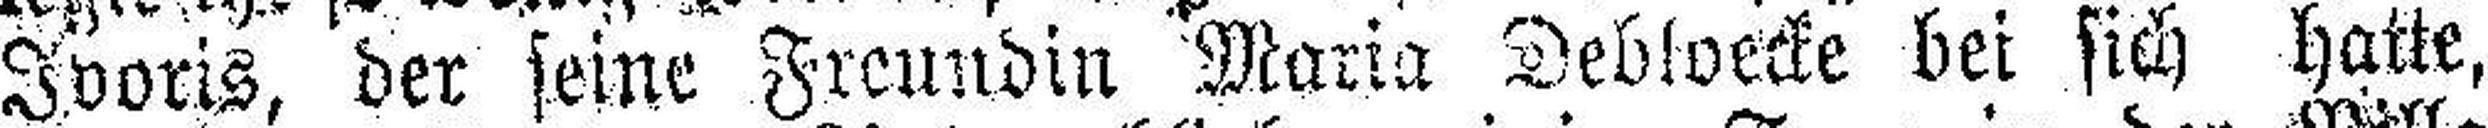
Ivoris, der seine Freundin Maria Debloecke bei sich hatte,